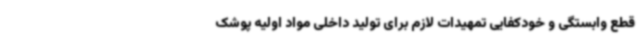
قطع وابستگی و خودکفایی تمهیدات لازم برای تولید داخلی مواد اولیه پوشک